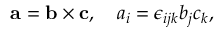
\mathbf { a } = \mathbf { b } \times \mathbf { c } , \quad a _ { i } = \epsilon _ { i j k } b _ { j } c _ { k } , \,